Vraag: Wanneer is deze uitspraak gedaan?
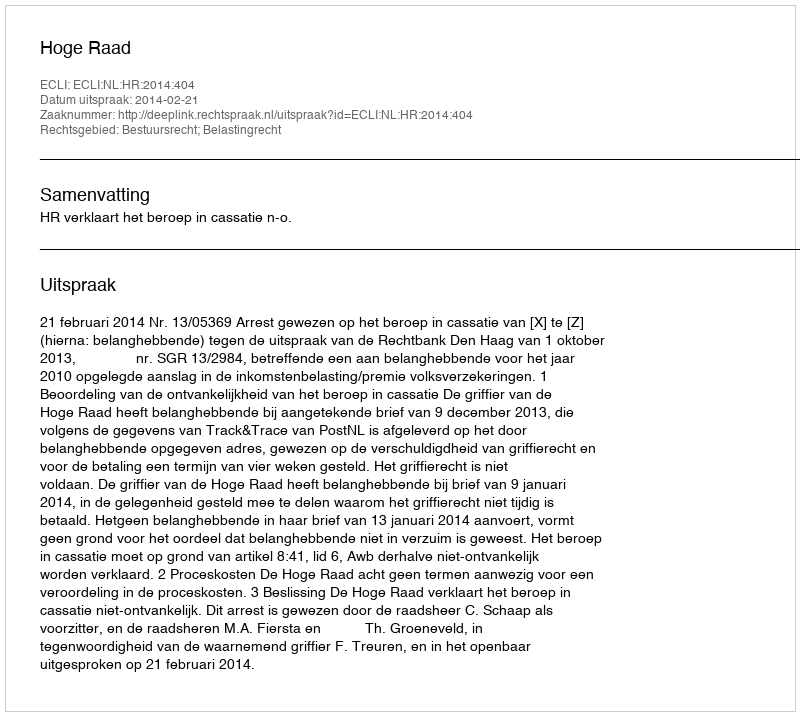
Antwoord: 2014-02-21